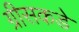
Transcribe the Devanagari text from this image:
ग्रीसकडे